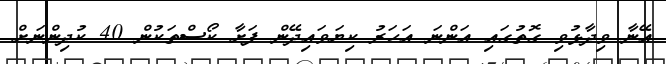
އޭނާ ވިދާޅުވި ގޮތުގައި އަންނަ އަހަރު ކިޔަވައިދޭން ފަށާ ކޯސްތަކުން 40 ކުދިންނަށް